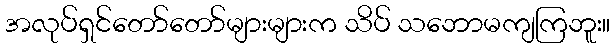
အလုပ်ရှင်တော်တော်များများက သိပ် သဘောမကျကြဘူး။